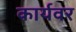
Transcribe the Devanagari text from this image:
कार्यवर